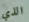
الذي